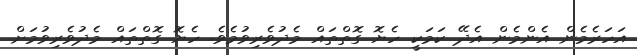
އަހަރެމެން އެންމެން އެދޭ ކަމަކީ ހެޔޮ ގޮތްތައް މެދުވެރިވުމެވެ. ހެޔޮ ގޮތްތައް މެދުވެރިވުމަށް